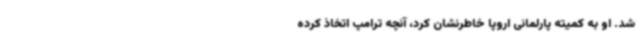
شد. او به کمیته پارلمانی اروپا خاطرنشان کرد، آنچه ترامپ اتخاذ کرده